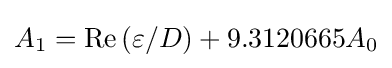
A_{1}=\mathrm {Re} \left(\varepsilon /D\right)+9.3120665A_{0}